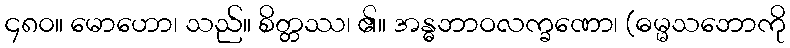
၄၈၀။ မောဟော၊ သည်။ စိတ္တဿ၊ ၏။ အန္ဓဘာဝလက္ခဏော၊ (ဓမ္မသဘောကို